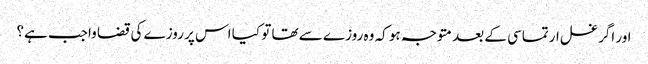
اور اگر غسل ارتماسی کے بعد متوجہ ہو کہ وہ روزے سے تھا تو کیا اس پر روزے کی قضا واجب ہے؟